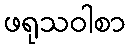
ဖရုသဝါစာ